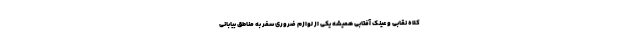
کلاه نقابی و عینک آفتابی همیشه یکی از لوازم ضروری سفر به مناطق بیابانی